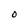
Character: O